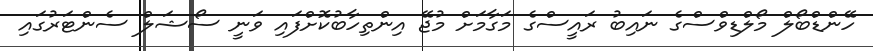
ހޭންޑްބޯލް މޯލްޑިވްސްގެ ނައިބު ރައީސްގެ މަގާމަށް މުޖޭ އިންތިހާބުކޮށްފައި ވަނީ ސޯޝަލް ސެންޓަރުގައި